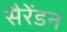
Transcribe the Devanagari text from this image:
सैरेंडन